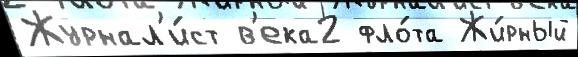
Журнал'и́ст в'ека2 фло́та Жи́рный